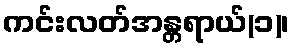
ကင်းလတ်အန္တရာယ်(၁)၊